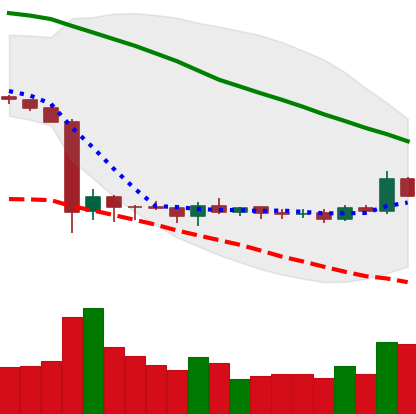
Ticker: ETC-USD
Chart end date: 2019-10-10
Forward return: -5.777%
Label: down_5_7